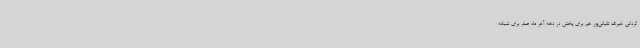
گردانی خیرالله تقیانی‌پور هم برای پخش در دهه آخر ماه صفر برای شبکه